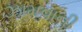
ઝામવાની